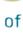
of